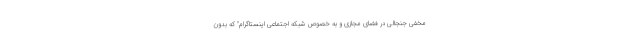
مخفی جنجالی در فضای مجازی و به خصوص شبکه اجتماعی اینستاگرام" که بدون